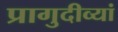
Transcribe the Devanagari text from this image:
प्रागुदीव्यां